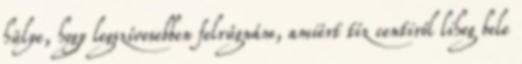
hülye, hogy legszívesebben felrúgnám, amiért tíz centiről liheg bele